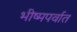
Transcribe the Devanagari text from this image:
भीष्मपर्वात